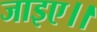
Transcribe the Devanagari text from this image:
जाइए।।